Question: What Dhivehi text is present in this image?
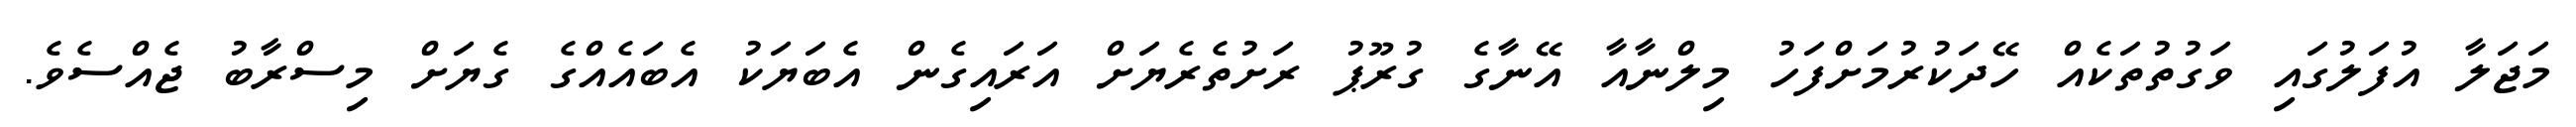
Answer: މަޖަލާ އުފަލުގައި ވަގުތުތަކެއް ހޭދަކުރުމަށްފަހު މިލްނާއާ އޭނާގެ ގުރޫޕު ރަށުތެރެޔަށް އަރައިގެން އެބަޔަކު އެބައެއްގެ ގެޔަށް މިސްރާބު ޖެއްސެވެ.